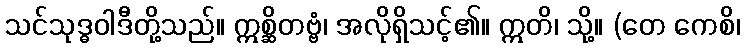
သင်သုဒ္ဓဝါဒီတို့သည်။ ဣစ္ဆိတဗ္ဗံ၊ အလိုရှိသင့်၏။ ဣတိ၊ သို့။ (တေ ကေစိ၊